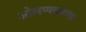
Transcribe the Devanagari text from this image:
ओलप्पमण्णा